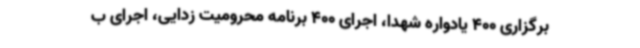
برگزاری 400 یادواره شهدا، اجرای 400 برنامه محرومیت زدایی، اجرای ب